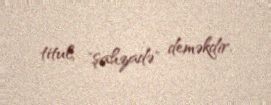
titul, "şahzadə" deməkdir.